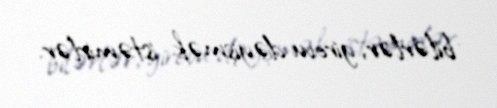
bilərlər, girovu dəyişmək istəmirlər.